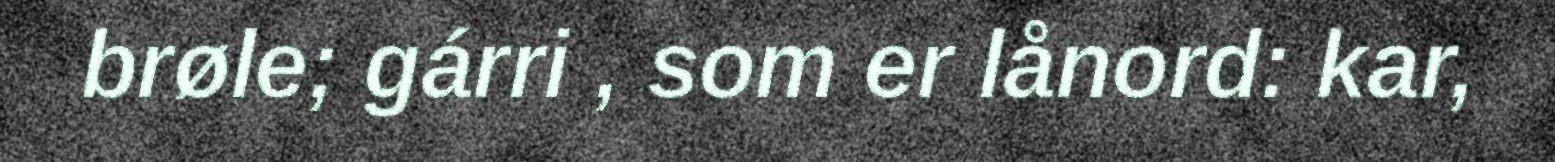
brøle; gárri , som er lånord: kar,